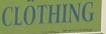
clothing